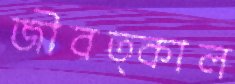
জীবত্কাল